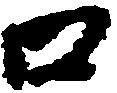
口